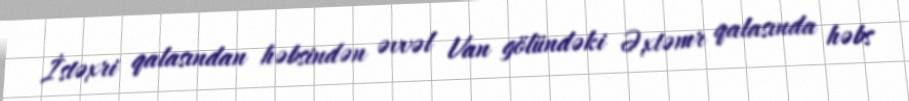
İstəxri qalasından həbsindən əvvəl Van gölündəki Əxtəmr qalasında həbs